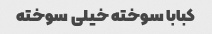
کبابا سوخته خیلی سوخته